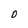
Character: O